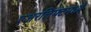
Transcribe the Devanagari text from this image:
एअरलिफ्टमध्ये